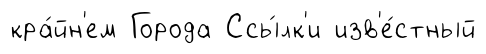
кра́йн'ем Города Ссы́лк'и изв'е́стный